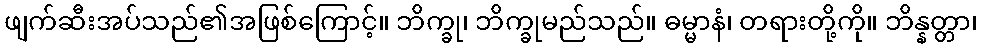
ဖျက်ဆီးအပ်သည်၏အဖြစ်ကြောင့်။ ဘိက္ခု၊ ဘိက္ခုမည်သည်။ ဓမ္မာနံ၊ တရားတို့ကို။ ဘိန္နတ္တာ၊